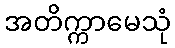
အတိက္ကာမေသုံ